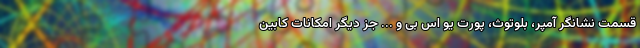
قسمت نشانگر آمپر، بلوتوث، پورت یو اس بی و ... جز دیگر امکانات کابین